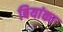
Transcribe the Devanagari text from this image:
बियांका